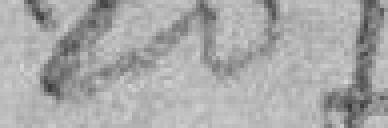
207